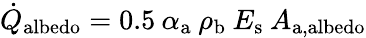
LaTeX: \dot{Q}_{\mathrm{albedo}}=0.5\: \alpha_{\mathrm{a}}\: \rho_{\mathrm{b}}\: E_{\mathrm{s}}\: A_{\mathrm{a,albedo}}